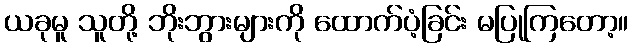
ယခုမူ သူတို့ ဘိုးဘွားများကို ထောက်ပံ့ခြင်း မပြုကြတော့။